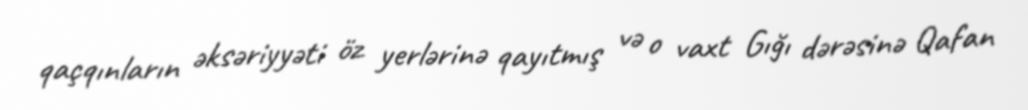
qaçqınların əksəriyyəti öz yerlərinə qayıtmış və o vaxt Gığı dərəsinə Qafan